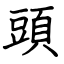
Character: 頭